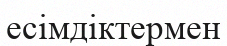
есімдіктермен